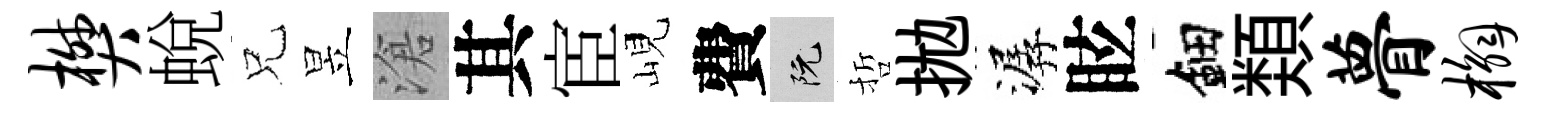
樊蛻兄昱滄其宦峴費阮哲拋潺眩鈿𩔖瞢槲